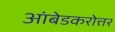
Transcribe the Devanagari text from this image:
आंबेडकरोत्तर